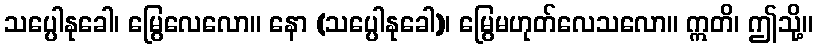
သပ္ပေါနုခေါ၊ မြွေလေလော။ နော (သပ္ပေါနုခေါ)၊ မြွေမဟုတ်လေသလော။ ဣတိ၊ ဤသို့။